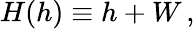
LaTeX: H(h)\equiv h+W\, ,